画像に写った文字を読んでください
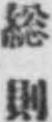
「総則」と書いてあります